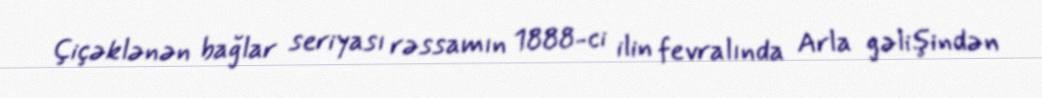
Çiçəklənən bağlar seriyası rəssamın 1888-ci ilin fevralında Arla gəlişindən